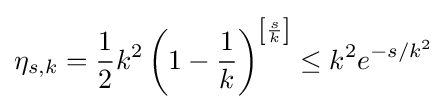
\eta _{s,k}={\frac {1}{2}}k^{2}\left(1-{\frac {1}{k}}\right)^{\left[{\frac {s}{k}}\right]}\leq k^{2}e^{-s/k^{2}}